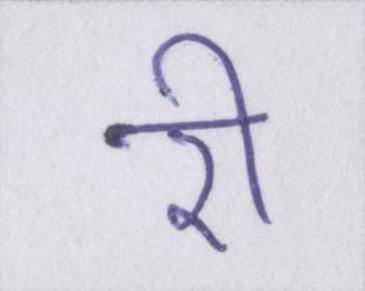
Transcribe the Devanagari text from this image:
री